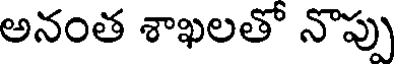
అనంత శాఖలతో నొప్పు